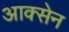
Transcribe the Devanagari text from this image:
आक्सेन